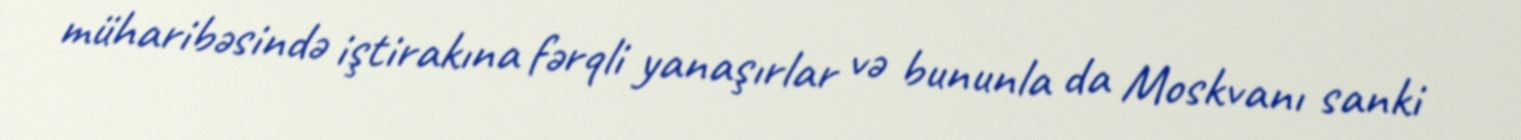
müharibəsində iştirakına fərqli yanaşırlar və bununla da Moskvanı sanki